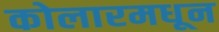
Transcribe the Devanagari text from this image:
कोलारमधून